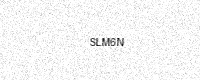
Text: SLM6N